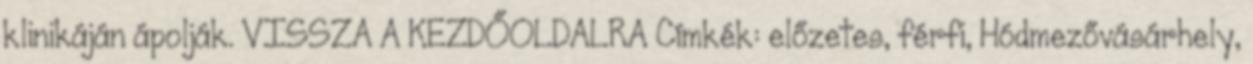
klinikáján ápolják. VISSZA A KEZDŐOLDALRA Címkék: előzetes, férfi, Hódmezővásárhely,